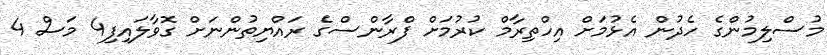
މުސްލިމުންގެ ހެދުން އެޅުމަށް އިހްތިރާމް ކުރުމަށް ފްރާންސްގެ ރައްޔިތުންނަށް ގޮވާލައިފި4 މަސް 4